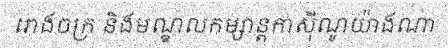
រោងចក្រ និងមណ្ឌលកម្សាន្តកាស៊ីណូយ៉ាងណា